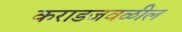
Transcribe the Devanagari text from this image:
कराडजवळील